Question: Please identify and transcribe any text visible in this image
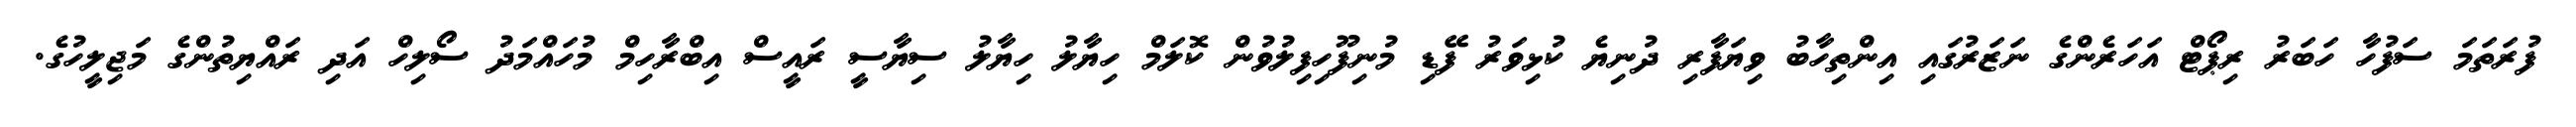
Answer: ފުރަތަމަ ސަފުހާ ހަބަރު ރިޕޯޓް އަހަރެންގެ ނަޒަރުގައި އިންތިހާބު ވިޔަފާރި ދުނިޔެ ކުޅިވަރު ފޭޑި މުނިފޫހިފިލުވުން ކޮލަމް ހިޔާލު ހިޔާލު ސިޔާސީ ރައީސް އިބްރާހިމް މުހައްމަދު ސޯލިހް އަދި ރައްޔިތުންގެ މަޖިލީހުގެ.